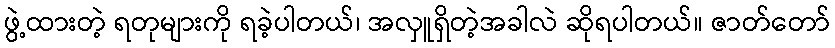
ဖွဲ့ထားတဲ့ ရတုများကို ရခဲ့ပါတယ်၊ အလှူရှိတဲ့အခါလဲ ဆိုရပါတယ်။ ဇာတ်တော်